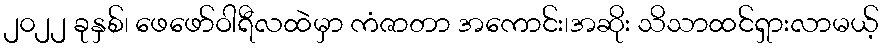
၂၀၂၂ ခုနှစ်၊ ဖေဖော်ဝါရီလထဲမှာ ကံဇာတာ အကောင်း၊အဆိုး သိသာထင်ရှားလာမယ့်